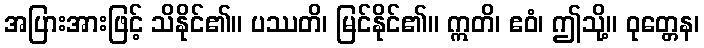
အပြားအားဖြင့် သိနိုင်၏။ ပဿတိ၊ မြင်နိုင်၏။ ဣတိ၊ ဧဝံ၊ ဤသို့။ ဝုတ္တေန၊